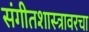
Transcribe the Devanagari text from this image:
संगीतशास्त्रावरचा